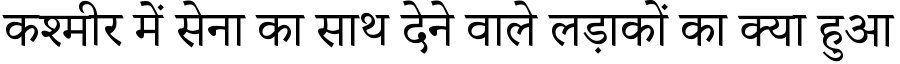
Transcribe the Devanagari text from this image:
कश्मीर में सेना का साथ देने वाले लड़ाकों का क्या हुआ